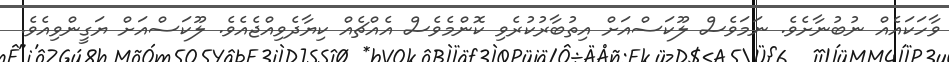
ވާހަކައެއް ނުބުނާށެވެ. ނަމަވެސް ލޫކަސްއަށް އިތުބާރުކުރެވި ކޮންމެވެސް އެއްޗެއް ކިޔާދެވިއްޖެއެވެ. ލޫކަސްއަށް ޔަގީންވިއެވެ.